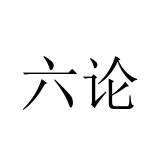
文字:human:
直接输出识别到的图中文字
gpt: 六论